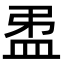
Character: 𥁜